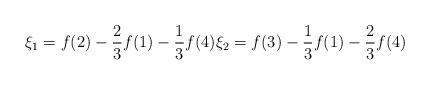
LaTeX: \begin{align*}\xi_{1}=f(2)-\frac{2}{3} f(1)-\frac{1}{3} f(4) \xi_{2}=f(3)-\frac{1}{3} f(1)-\frac{2}{3} f(4)\end{align*}